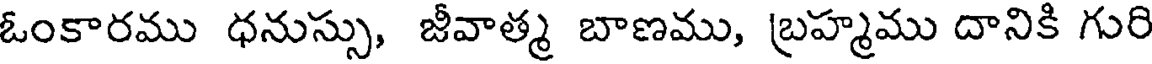
ఓంకారము ధనుస్సు, జీవాత్మ బాణము, బ్రహ్మము దానికి గురి